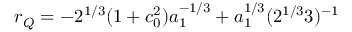
r _ { Q } = - 2 ^ { 1 / 3 } ( 1 + c _ { 0 } ^ { 2 } ) a _ { 1 } ^ { - 1 / 3 } + a _ { 1 } ^ { 1 / 3 } ( 2 ^ { 1 / 3 } 3 ) ^ { - 1 }